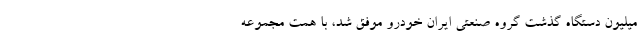
میلیون دستگاه گذشت گروه صنعتی ایران خودرو موفق شد، با همت مجموعه